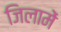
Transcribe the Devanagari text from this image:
जिलामें